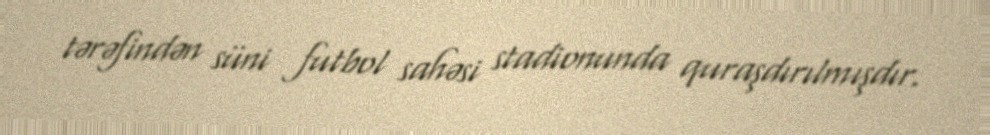
tərəfindən süni futbol sahəsi stadionunda quraşdırılmışdır.